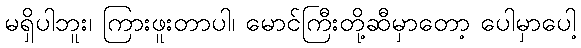
မရှိပါဘူး၊ ကြားဖူးတာပါ၊ မောင်ကြီးတို့ဆီမှာတော့ ပေါမှာပေါ့